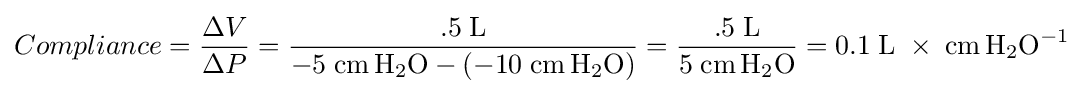
Compliance={\frac {\Delta V}{\Delta P}}={\frac {.5\;{\ce {L}}}{-5\;{\ce {cm\,H2O}}-(-10\;{\ce {cm\,H2O}})}}={\frac {.5\;{\ce {L}}}{5\;{\ce {cm\,H2O}}}}=0.1\;{\ce {L}}\;\times \;{\ce {cm\,H2O^{-1}}}